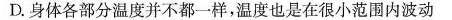
D.身体各部分温度并不都一样，温度也是在很小范围内波动